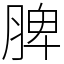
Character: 脾